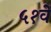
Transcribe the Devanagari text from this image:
५१वें